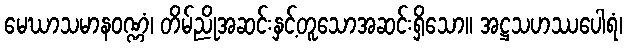
မေဃာသမာနဝဏ္ဏံ၊ တိမ်ညိုအဆင်းနှင့်တူသောအဆင်းရှိသော။ အဋ္ဌသဟဿပေါရံ၊